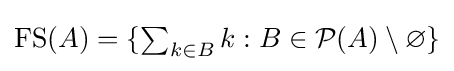
\textstyle \operatorname {FS} (A)=\{\sum _{k\in B}k:B\in {\mathcal {P}}(A)\setminus \varnothing \}